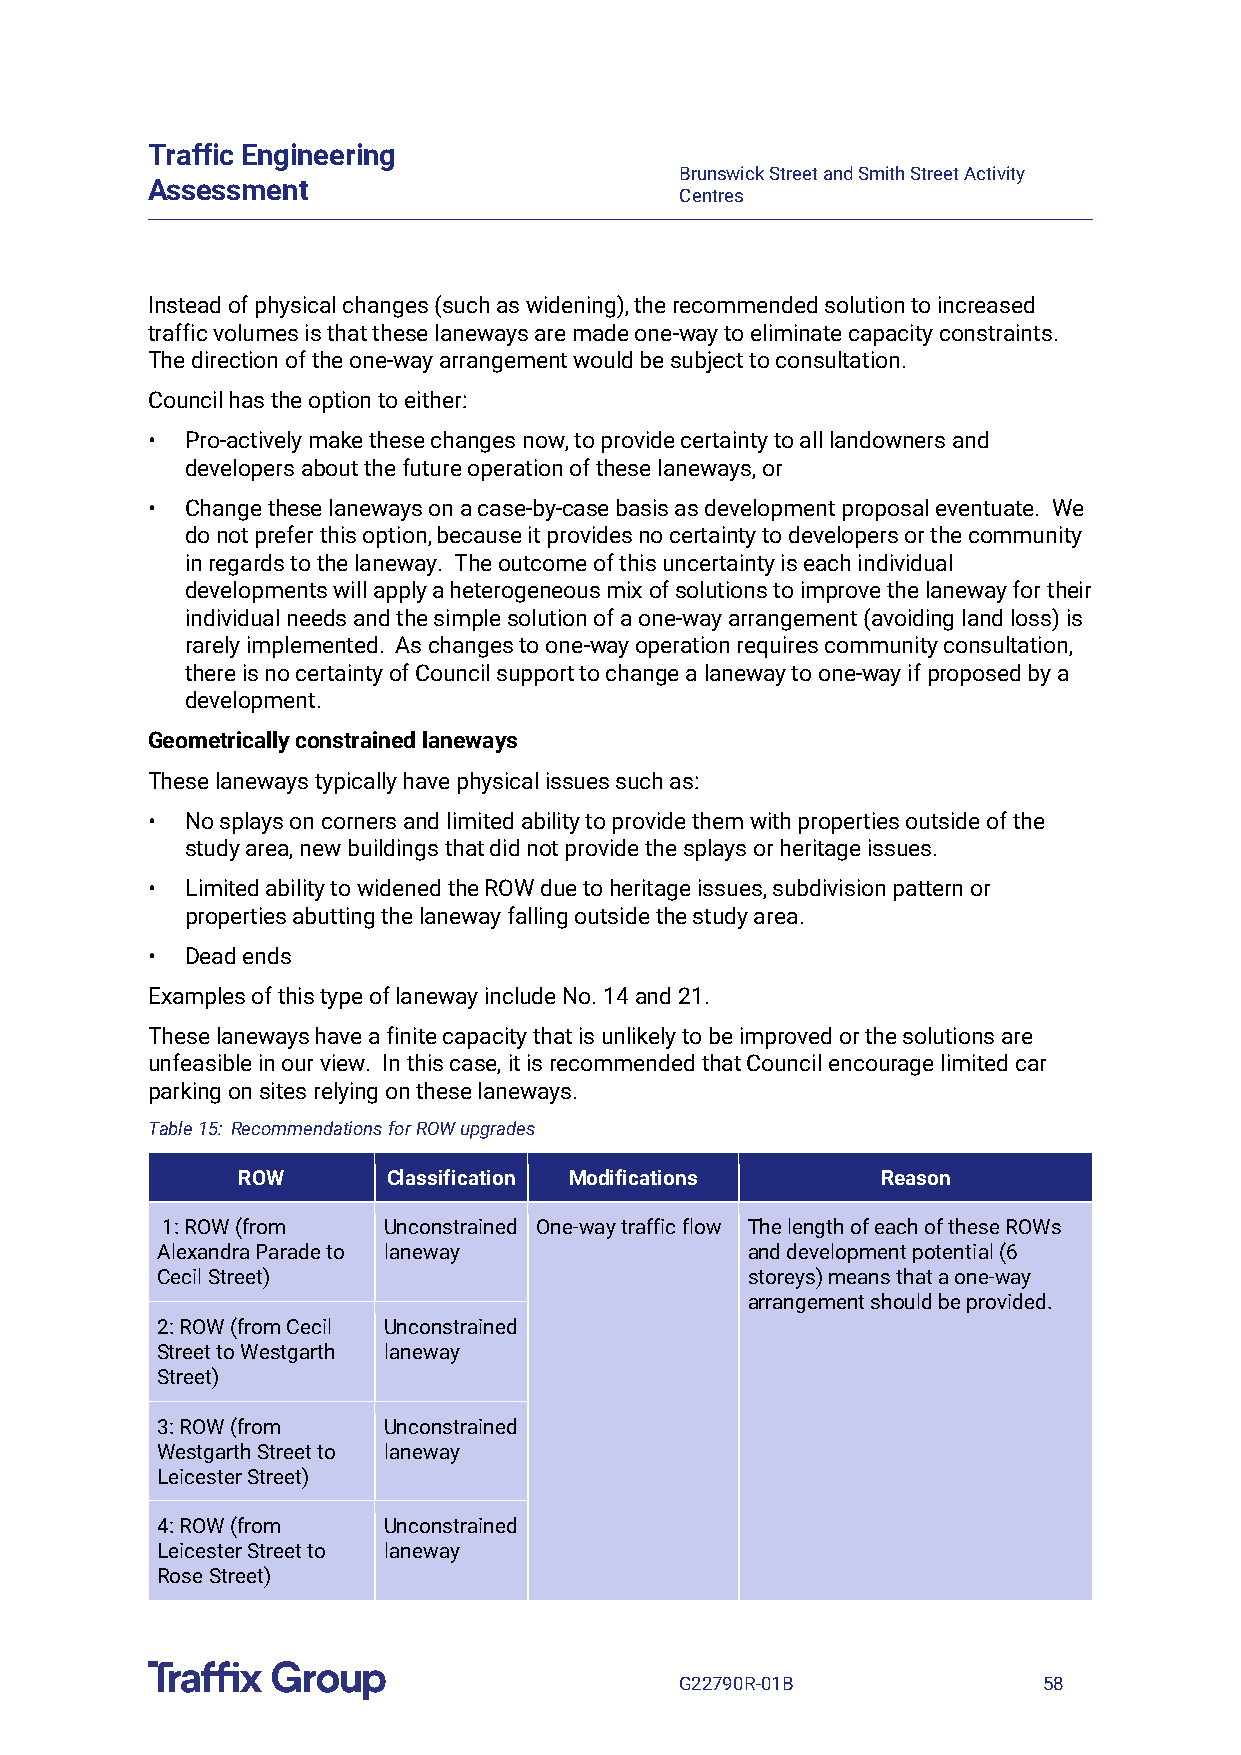
Traffic Engineering
 Brunswick Street and Smith Street Activity
 Assessment
 Centres
 Instead of physical changes (such as widening), the recommended solution to increased
 traffic volumes is that these laneways are made one-way to eliminate capacity constraints.
 The direction of the one-way arrangement would be subject to consultation.
 Council has the option to either:
 • Pro-actively make these changes now, to provide certainty to all landowners and
 developers about the future operation of these laneways, or
 • Change these laneways on a case-by-case basis as development proposal eventuate. We
 do not prefer this option, because it provides no certainty to developers or the community
 in regards to the laneway. The outcome of this uncertainty is each individual
 developments will apply a heterogeneous mix of solutions to improve the laneway for their
 individual needs and the simple solution of a one-way arrangement (avoiding land loss) is
 rarely implemented. As changes to one-way operation requires community consultation,
 there is no certainty of Council support to change a laneway to one-way if proposed by a
 development.
 Geometrically constrained laneways
 These laneways typically have physical issues such as:
 • No splays on corners and limited ability to provide them with properties outside of the
 study area, new buildings that did not provide the splays or heritage issues.
 • Limited ability to widened the ROW due to heritage issues, subdivision pattern or
 properties abutting the laneway falling outside the study area.
 • Dead ends
 Examples of this type of laneway include No. 14 and 21.
 These laneways have a finite capacity that is unlikely to be improved or the solutions are
 unfeasible in our view. In this case, it is recommended that Council encourage limited car
 parking on sites relying on these laneways.
 Table 15: Recommendations for ROW upgrades
 ROW       Classification Modifications    Reason
 1: ROW (from  Unconstrained One-way traffic flow The length of each of these ROWs
 Alexandra Parade to laneway            and development potential (6
 Cecil Street)                          storeys) means that a one-way
 arrangement should be provided.
 2: ROW (from Cecil Unconstrained
 Street to Westgarth laneway
 Street)
 3: ROW (from   Unconstrained
 Westgarth Street to laneway
 Leicester Street)
 4: ROW (from   Unconstrained
 Leicester Street to laneway
 Rose Street)
 G22790R-01B             58